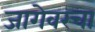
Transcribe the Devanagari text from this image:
जागेवरचा